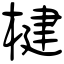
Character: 楗